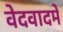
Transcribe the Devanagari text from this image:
वेदवादमे